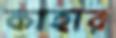
কাহার